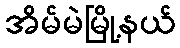
အိမ်မဲမြို့နယ်